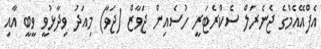
އެފްއޭއެމްގެ ޖެނެރަލް ސެކްރެޓަރީ ހުސެއިން ޖަވާޒް (ޖަވާ) މިއަދު ވިދާޅުވީ ވީބީ އާއި